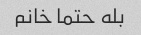
بله حتما خانم